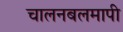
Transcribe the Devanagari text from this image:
चालनबलमापी